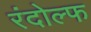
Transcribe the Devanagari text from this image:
रंदोल्फ